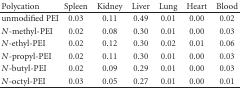
| Polycation | Spleen | Kidney | Liver | Lung | Heart | Blood |
 | --- | --- | --- | --- | --- | --- | --- |
 | unmodified PEI | 0.03 | 0.11 | 0.49 | 0.01 | 0.00 | 0.02 |
 | N-methyl-PEI | 0.02 | 0.08 | 0.30 | 0.01 | 0.00 | 0.03 |
 | N-ethyl-PEI | 0.02 | 0.12 | 0.30 | 0.02 | 0.01 | 0.06 |
 | N-propyl-PEI | 0.02 | 0.11 | 0.30 | 0.01 | 0.00 | 0.03 |
 | N-butyl-PEI | 0.02 | 0.09 | 0.29 | 0.01 | 0.00 | 0.03 |
 | N-octyl-PEI | 0.03 | 0.05 | 0.27 | 0.01 | 0.00 | 0.01 |